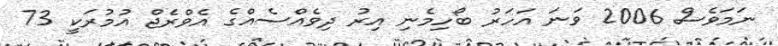
ނަމަވެސް 2006 ވަނަ އަހަރު ބޯހިމެނި އިރު ދިވެއްސެއްގެ އެވްރެޖް އުމުރަކީ 73